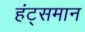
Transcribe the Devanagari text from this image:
हंट्समान